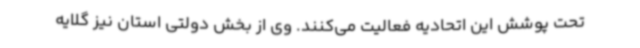
تحت پوشش این اتحادیه فعالیت می‌کنند. وی از بخش دولتی استان نیز گلایه